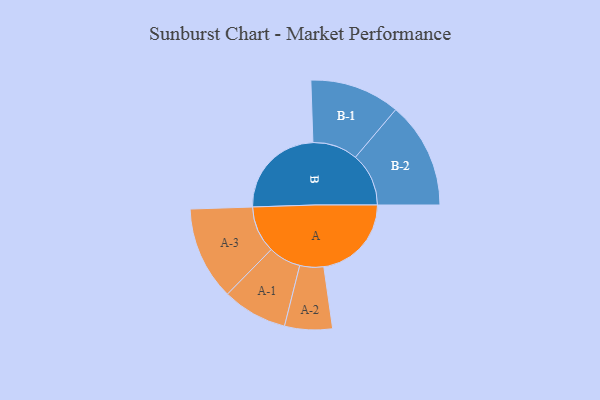
{"axis": {"x": "Segment", "y": "Value"}, "legend": ["", "A", "B"], "data": [{"x": "A", "y": 375, "type": ""}, {"x": "B", "y": 412, "type": ""}, {"x": "A-1", "y": 139, "type": "A"}, {"x": "A-2", "y": 102, "type": "A"}, {"x": "A-3", "y": 200, "type": "A"}, {"x": "B-1", "y": 193, "type": "B"}, {"x": "B-2", "y": 228, "type": "B"}]}